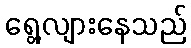
ရွေ့လျားနေသည်